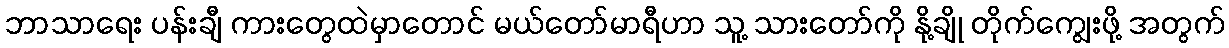
ဘာသာရေး ပန်းချီ ကားတွေထဲမှာတောင် မယ်တော်မာရီဟာ သူ့ သားတော်ကို နို့ချို တိုက်ကျွေးဖို့ အတွက်